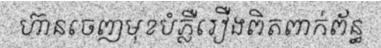
ហ៊ានចេញមុខបំភ្លឺរឿងពិតពាក់ព័ន្ធ